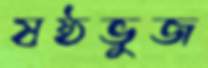
ষষ্ঠভুজ